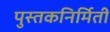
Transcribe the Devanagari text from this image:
पुस्तकनिर्मिती